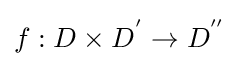
f:D\times D^{'}\rightarrow D^{''}